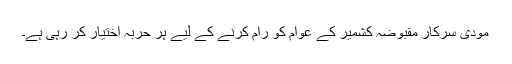
مودی سرکار مقبوضہ کشمیر کے عوام کو رام کرنے کے لیے ہر حربہ اختیار کر رہی ہے۔